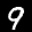
Label: 9